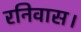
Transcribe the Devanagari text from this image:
रनिवास।